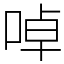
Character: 啅